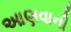
આણવાની